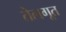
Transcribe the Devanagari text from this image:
तेलगूत